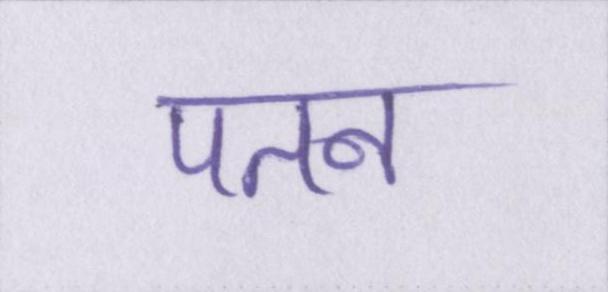
पतन